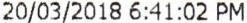
20/03/2018 6:41:02 PM